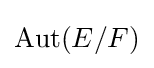
\operatorname {Aut} (E/F)